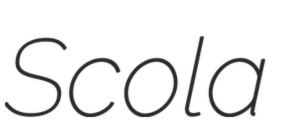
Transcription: Scola